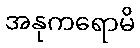
အနုကရောမိ